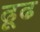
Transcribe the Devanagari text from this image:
ढूढ